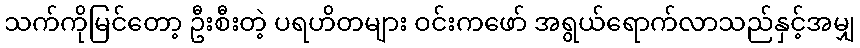
သက်ကိုမြင်တော့ ဦးစီးတဲ့ ပရဟိတများ ဝင်းကဖော် အရွယ်ရောက်လာသည်နှင့်အမျှ